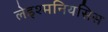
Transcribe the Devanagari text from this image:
लेइश्मनियसिस